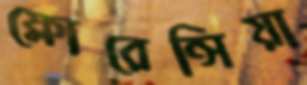
ফ্লোরেন্সিয়া